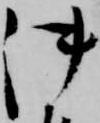
御